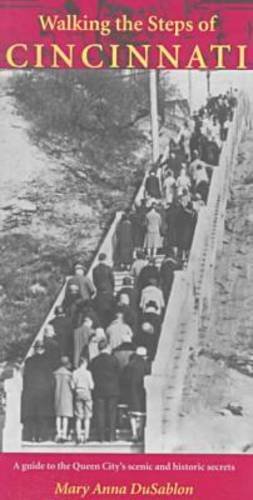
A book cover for Walking the Steps Of Cincinnati; Mary Anna Dusablon; Travel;